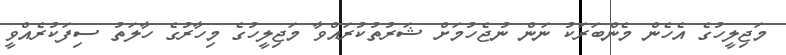
މަޖިލީހުގެ އެހެން މެންބަރަކު ނަން ނުޖެހުމަށް ޝަރުތުކުރައްވާ މަޖިލީހުގެ މިހާރުގެ ހާލަތު ސިފަކުރެއްވީ